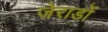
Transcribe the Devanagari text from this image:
जेरार्डो